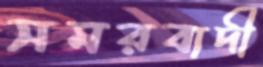
সমরবাদী